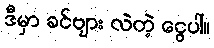
ဒီမှာ ခင်ဗျား လဲတဲ့ ငွေပါ။